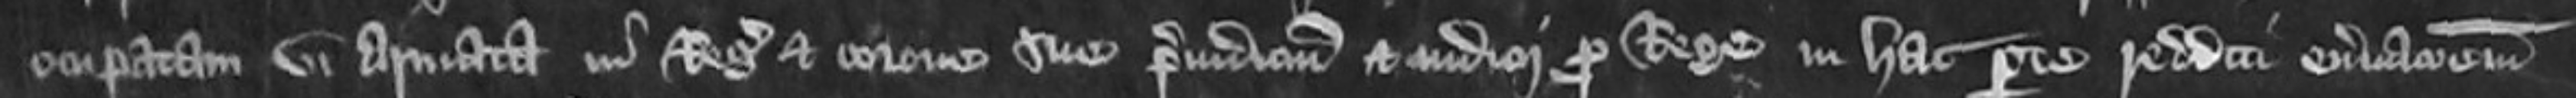
occupatam vi armata in Regis et corone sue preiudicium et iudicii pro Rege in hac parte redditi enervacionem